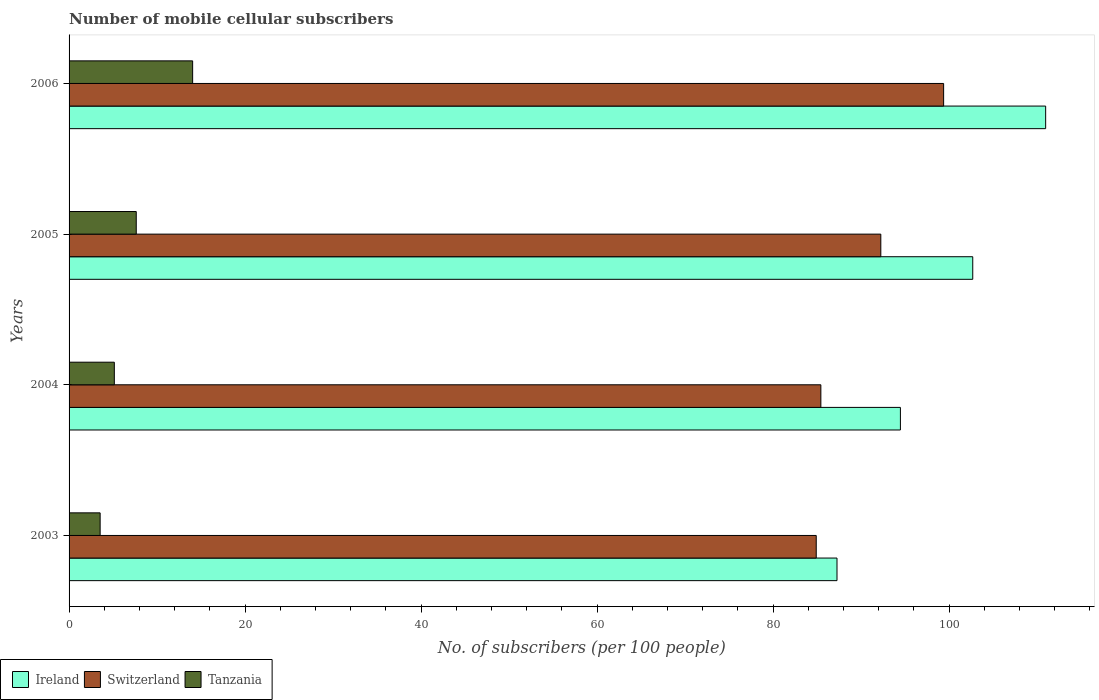
| Years | Ireland | Switzerland | Tanzania |
 | --- | --- | --- | --- |
 | 2003 | 87.3 | 84.9 | 3.53 |
 | 2004 | 94.5 | 85.4 | 5.14 |
 | 2005 | 103 | 92.2 | 7.63 |
 | 2006 | 111 | 99.4 | 14 |